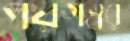
পয়গম্বর